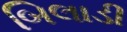
બિલાડી